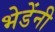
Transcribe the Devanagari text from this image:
भेडेंनी